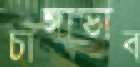
চাঙ্গাভাব